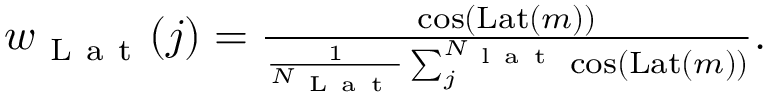
\begin{array} { r } { w _ { \mathrm { ~ L ~ a ~ t ~ } } ( j ) = \frac { \cos ( \operatorname { L a t } ( m ) ) } { \frac { 1 } { N _ { \mathrm { ~ L ~ a ~ t ~ } } } \sum _ { j } ^ { N _ { \mathrm { ~ l ~ a ~ t ~ } } } \cos ( \operatorname { L a t } ( m ) ) } . } \end{array}